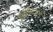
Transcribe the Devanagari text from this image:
इक्वीटे्वल